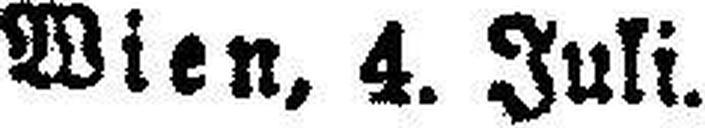
Wien, 4. Juli.